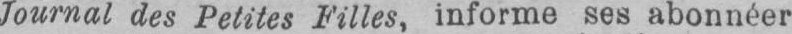
Journal des Petites Filles, informe ses abonnéer